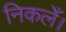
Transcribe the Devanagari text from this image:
निकलेँ।